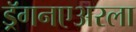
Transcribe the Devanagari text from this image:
ड्रॅगनएअरला